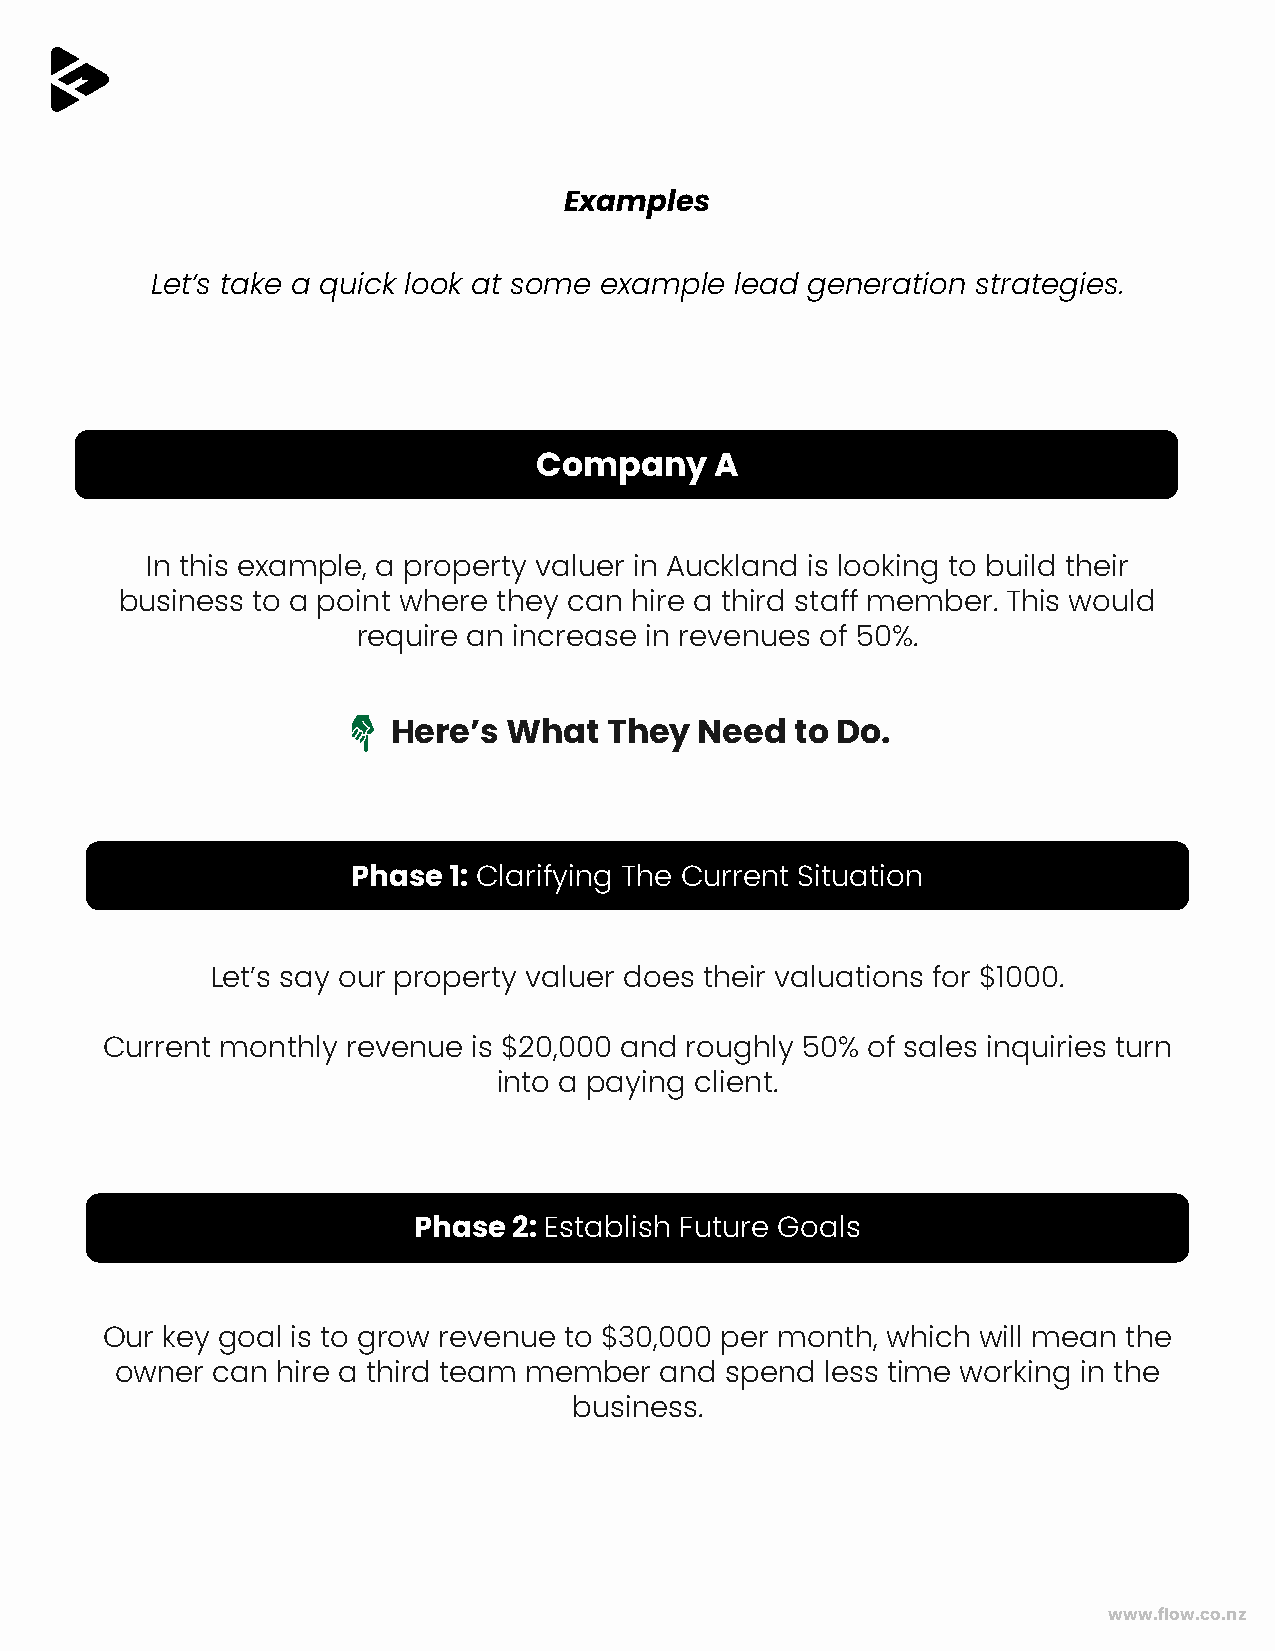
Examples
 Let’s take a quick look at some example lead generation strategies.
 Company    A
 In this example, a property valuer in Auckland is looking to build their
 business to a point where they can hire a third staff member. This would
 require an increase in revenues of 50%.
 Here’s  What  They  Need   to Do.
 Phase  1: Clarifying The Current Situation
 Let’s say our property valuer does their valuations for $1000.
 Current monthly revenue is $20,000 and roughly 50% of sales inquiries turn
 into a paying client.
 Phase  2: Establish Future Goals
 Our key goal is to grow revenue to $30,000 per month, which will mean the
 owner can hire a third team member  and spend  less time working in the
 business.
 www.flow.co.nz